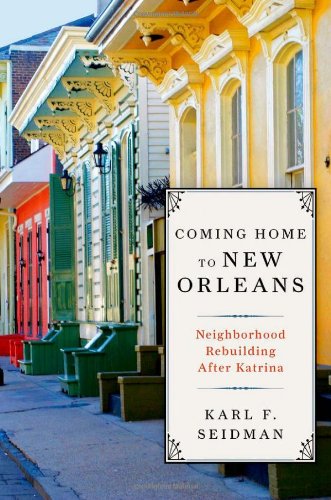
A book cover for Coming Home to New Orleans: Neighborhood Rebuilding After Katrina; Karl F. Seidman; Science & Math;